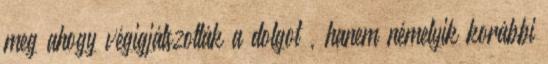
meg ahogy végigjátszották a dolgot , hanem némelyik korábbi